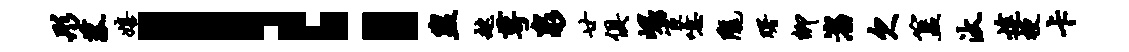
彤菰嬉！盥趑萼泉廿俱崛宦噫陇曙卿淄欠簋汰途梗卡